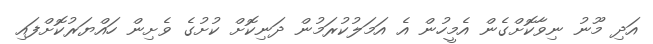
އަދި މޫނު ނިވާކޮށްގެން އެމީހުން އެ އަމަލުކުރަމުން ދަނިކޮށް ކުށުގެ ވެށިން ހައްޔަރުކޮށްފައި